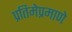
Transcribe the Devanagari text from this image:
प्रतिमेप्रमाणे